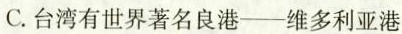
C.台湾有世界著名良港——维多利亚港